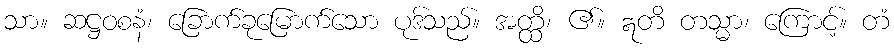
သာ။ ဆဋ္ဌဝစနံ၊ ခြောက်ခုမြောက်သော ပုဒ်သည်။ အတ္ထိ၊ ၏။ ဣတိ တသ္မာ၊ ကြောင့်။ တံ